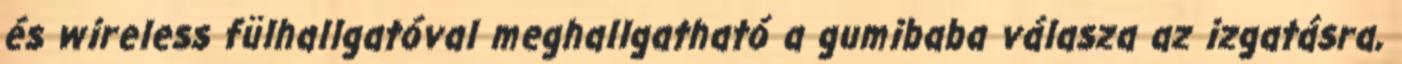
és wireless fülhallgatóval meghallgatható a gumibaba válasza az izgatásra,